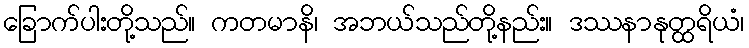
ခြောက်ပါးတို့သည်။ ကတမာနိ၊ အဘယ်သည်တို့နည်း။ ဒဿနာနုတ္ထရိယံ၊